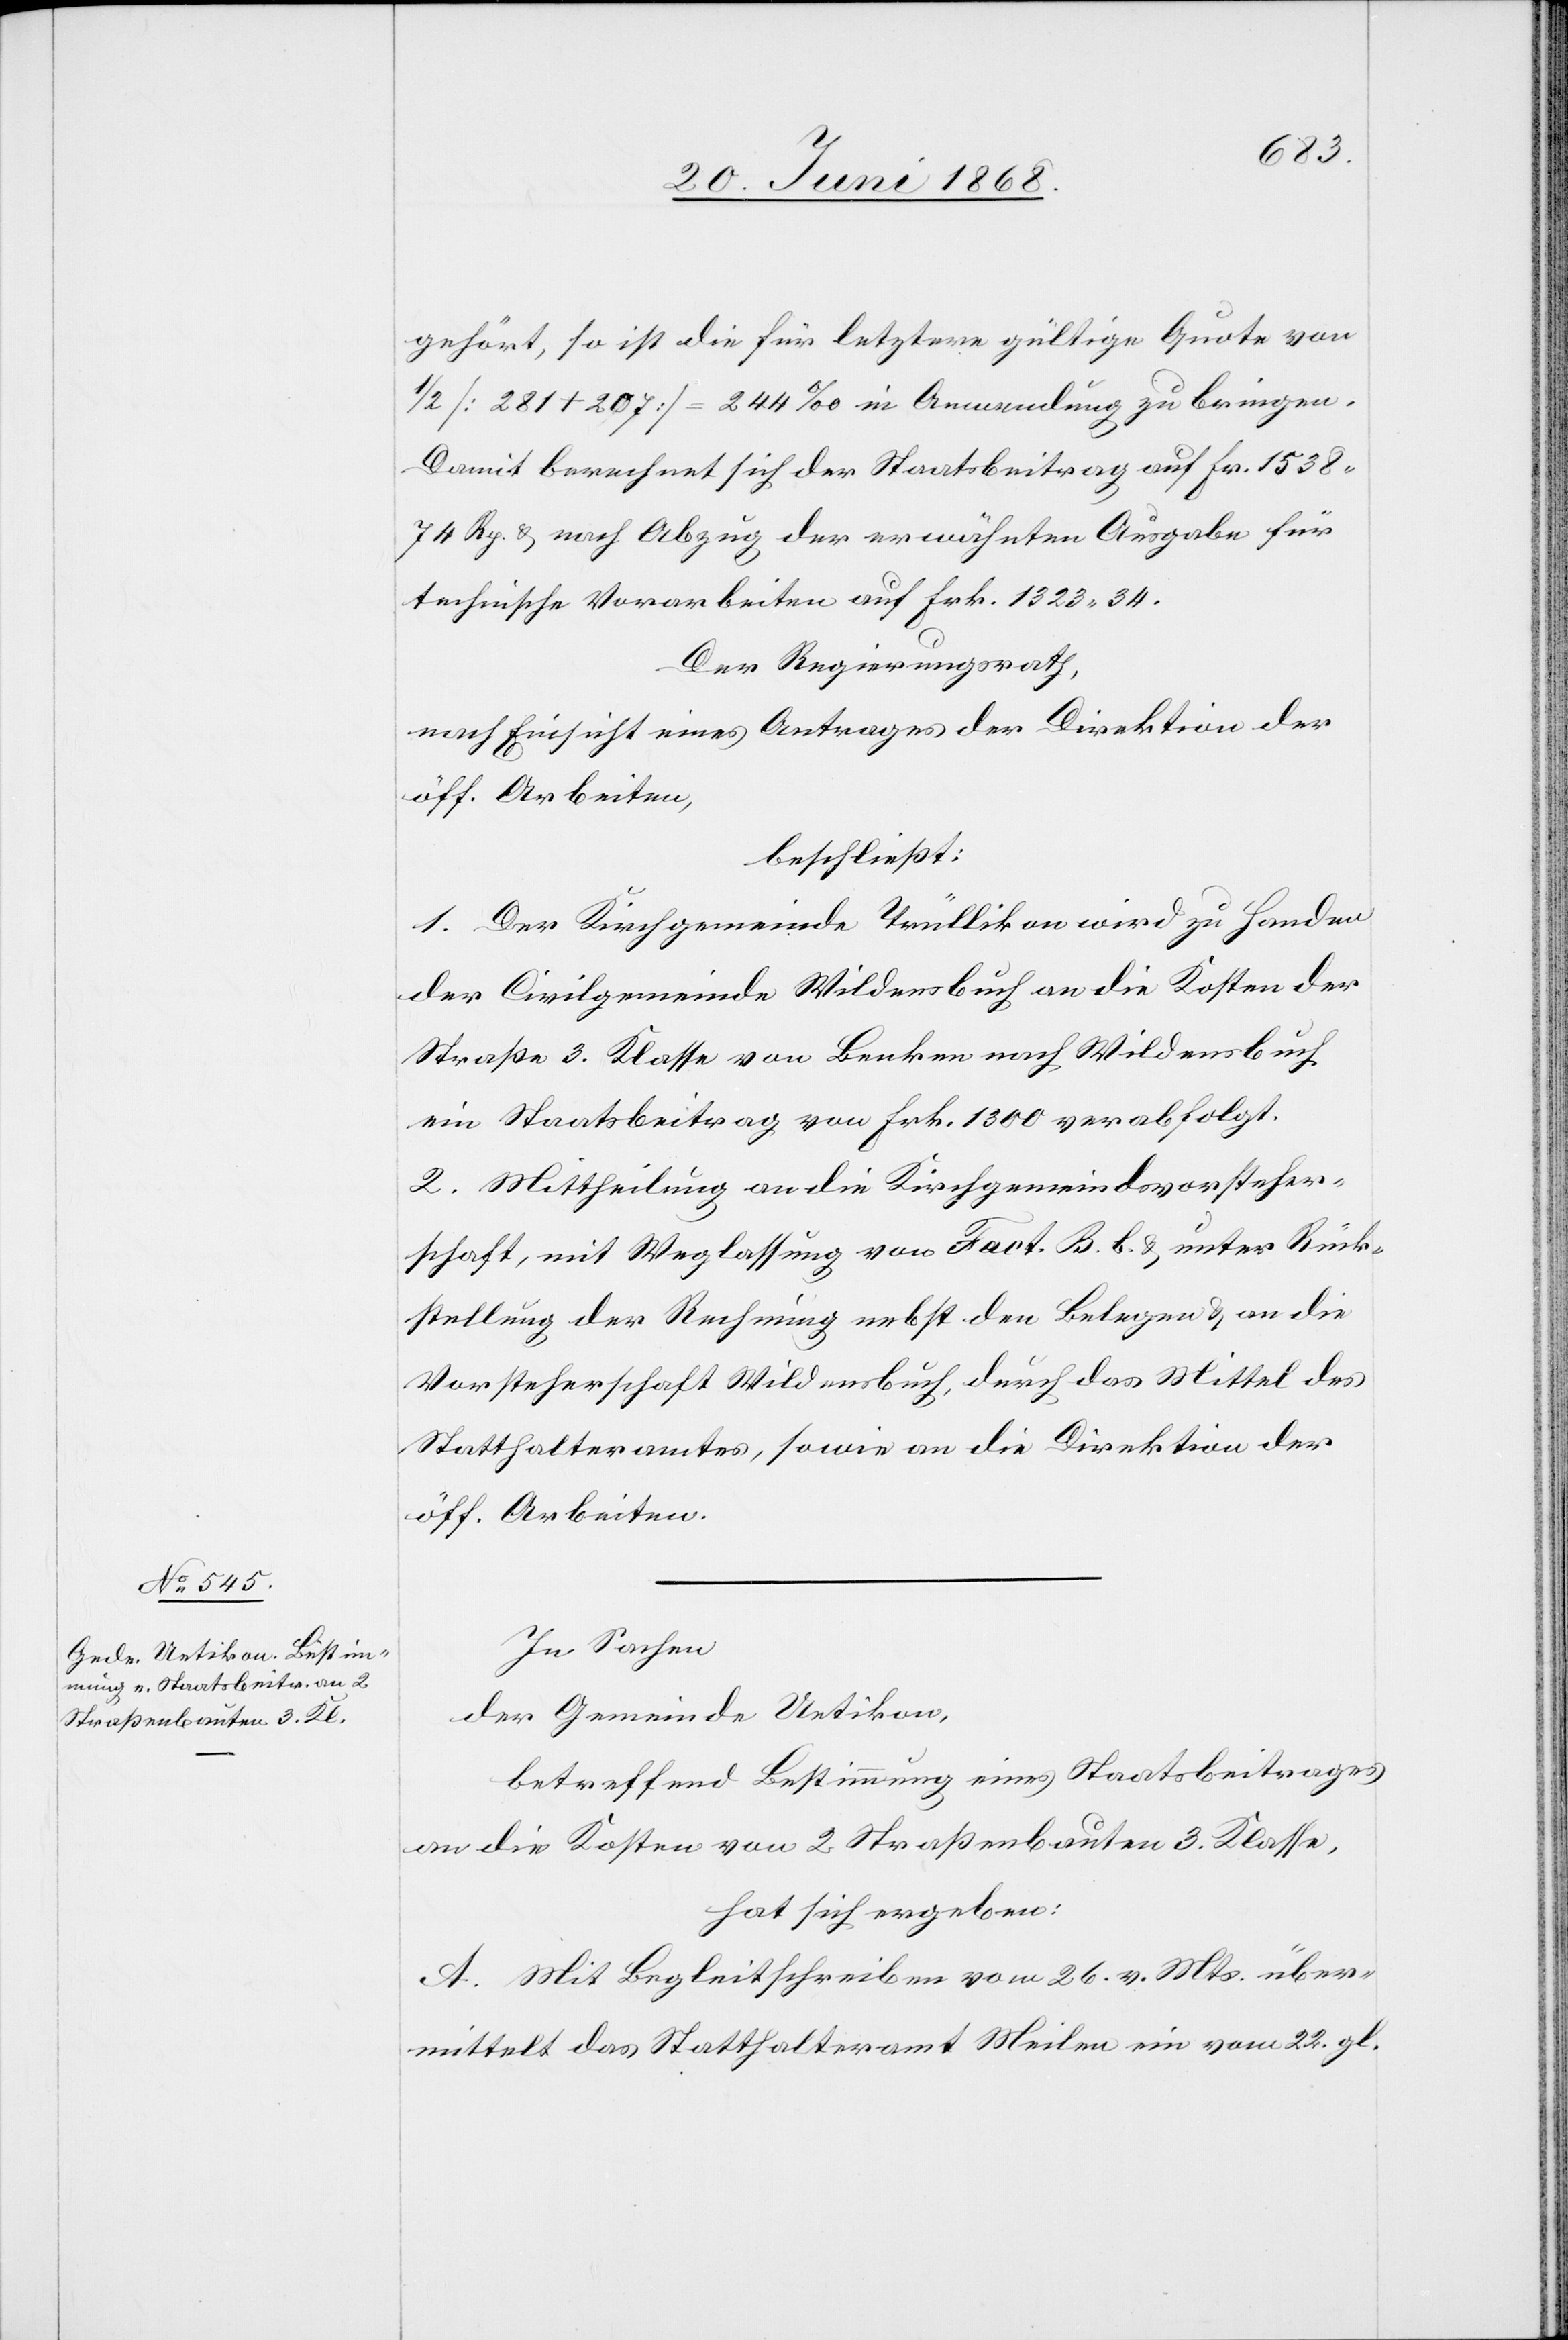
gehört, so ist die für letztere gültige Quote von
1/2 [281 + 207] = 244‰ in Anwendung zu bringen.
Damit berechnet sich der Staatsbeitrag auf Fr. 1538
74 Rp. & nach Abzug der erwähnten Ausgabe für
technische Vorarbeiten auf Frk. 1323 34.
Der Regierungsrath,
nach Einsicht eines Antrages der Direktion der
öff. Arbeiten,
beschließt:
1. Der Kirchgemeinde Trüllikon wird zu Handen
der Civilgemeinde Wildensbuch an die Kosten der
Straße 3. Klasse von Benken nach Wildensbuch
ein Staatsbeitrag von Frk. 1300 verabfolgt.
2. Mittheilung an die Kirchgemeindsvorsteher¬
schaft, mit Weglassung von Fact. B. b. & unter Rück¬
stellung der Rechnung nebst den Belegen & an die
Vorsteherschaft Wildensbuch, durch das Mittel des
Statthalteramtes, sowie an die Direktion der
öff. Arbeiten.
In Sachen
der Gemeinde Uetikon,
betreffend Bestimmung eines Staatsbeitrages
an die Kosten von 2 Straßenbauten 3. Klasse,
hat sich ergeben:
A. Mit Begleitschreiben vom 26. v. Mts. über¬
mittelt das Statthalteramt Meilen ein vom 22. gl.